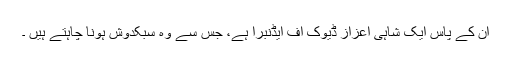
ان کے پاس ایک شاہی اعزاز ڈیوک آف ایڈنبرا ہے، جس سے وہ سبکدوش ہونا چاہتے ہیں ۔